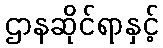
ဌာနဆိုင်ရာနှင့်